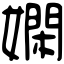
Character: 嫻